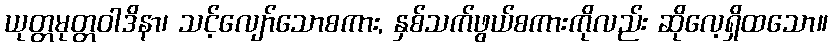
ယုတ္တမုတ္တဝါဒိနာ၊ သင့်လျော်သောစကား, နှစ်သက်ဖွယ်စကားကိုလည်း ဆိုလေ့ရှိထသော။